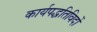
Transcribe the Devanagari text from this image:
कार्यपद्धतिविदों